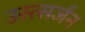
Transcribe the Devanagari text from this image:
उस्त्सर्जन